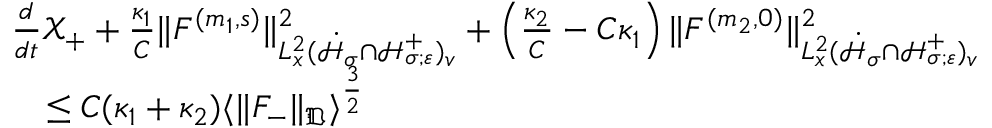
\begin{array} { r l } & { \frac { d } { d t } \mathscr X _ { + } + \frac { \kappa _ { 1 } } { C } \| F ^ { ( m _ { 1 } , s ) } \| _ { L _ { x } ^ { 2 } ( \dot { \mathcal H } _ { \sigma } \cap \mathcal H _ { \sigma ; \varepsilon } ^ { + } ) _ { v } } ^ { 2 } + \left( \frac { \kappa _ { 2 } } { C } - C \kappa _ { 1 } \right) \| F ^ { ( m _ { 2 } , 0 ) } \| _ { L _ { x } ^ { 2 } ( \dot { \mathcal H } _ { \sigma } \cap \mathcal H _ { \sigma ; \varepsilon } ^ { + } ) _ { v } } ^ { 2 } } \\ & { \quad \leq C ( \kappa _ { 1 } + \kappa _ { 2 } ) \langle \| F _ { - } \| _ { \mathfrak D } \rangle ^ { \frac { 3 } { 2 } } } \end{array}